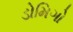
ડોમિગો